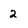
Character: 2